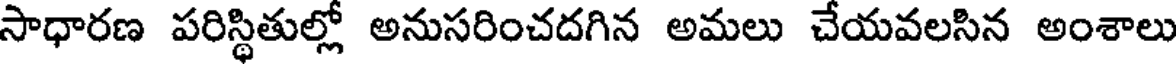
సాధారణ పరిస్థితుల్లో అనుసరించదగిన అమలు చేయవలసిన అంశాలు